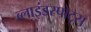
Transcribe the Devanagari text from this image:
ब्लाइंडस्पोट्स